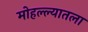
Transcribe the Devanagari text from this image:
मोहल्ल्यातला